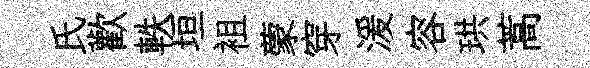
氏歡軼垣袓蒙穿湲容珙蒿